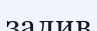
залив